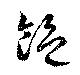
飽